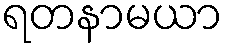
ရတနာမယာ